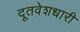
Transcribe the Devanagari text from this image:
दूतवेशधारी